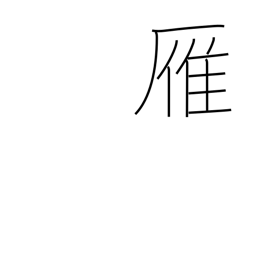
Meaning: wild goose